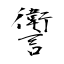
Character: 讆